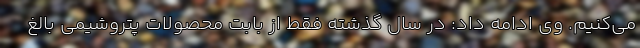
می‌کنیم. وی ادامه داد: در سال گذشته فقط از بابت محصولات پتروشیمی بالغ